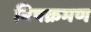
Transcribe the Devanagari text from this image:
निषक्रमण